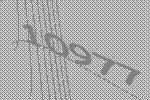
10977